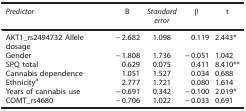
<table><thead><tr><td><b><i>Predictor</i></b></td><td><b>B</b></td><td><b><i>Standard error</i></b></td><td><b>β</b></td><td><b>t</b></td></tr></thead><tbody><tr><td>AKT1_rs2494732 Allele dosage</td><td>−2.682</td><td>1.098</td><td>0.119</td><td>2.443*</td></tr><tr><td>Gender</td><td>−1.808</td><td>1.736</td><td>−0.051</td><td>1.042</td></tr><tr><td>SPQ total</td><td>0.629</td><td>0.075</td><td>0.411</td><td>8.410**</td></tr><tr><td>Cannabis dependence</td><td>1.051</td><td>1.527</td><td>0.034</td><td>0.688</td></tr><tr><td>Ethnicitya</td><td>2.777</td><td>1.721</td><td>0.080</td><td>1.614</td></tr><tr><td>Years of cannabis use</td><td>−0.691</td><td>0.342</td><td>−0.100</td><td>2.019*</td></tr><tr><td>COMT_rs4680</td><td>−0.706</td><td>1.022</td><td>−0.033</td><td>0.691</td></tr></tbody></table>